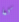
كما